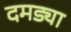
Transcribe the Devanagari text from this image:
दमड्या